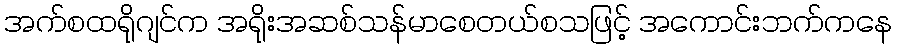
အက်စထရိုဂျင်က အရိုးအဆစ်သန်မာစေတယ်စသဖြင့် အကောင်းဘက်ကနေ